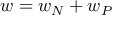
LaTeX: w = w _ { N } + w _ { P }